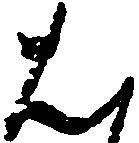
は